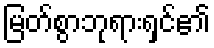
မြတ်စွာဘုရားရှင်၏